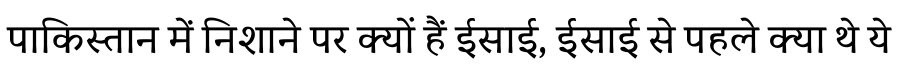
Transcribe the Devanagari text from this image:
पाकिस्तान में निशाने पर क्यों हैं ईसाई, ईसाई से पहले क्या थे ये